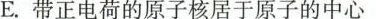
E.带正电荷的原子核居于原子的中心